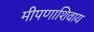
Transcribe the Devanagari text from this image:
मीपणाशिवाय